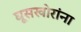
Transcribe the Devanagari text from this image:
घूसखोरांना